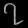
Digit: ၇